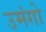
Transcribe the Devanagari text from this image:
उमंगो